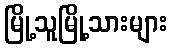
မြို့သူမြို့သားများ